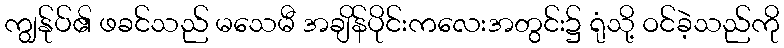
ကျွန်ုပ်၏ ဖခင်သည် မသေမီ အချိန်ပိုင်းကလေးအတွင်း၌ ရုံသို့ ဝင်ခဲ့သည်ကို